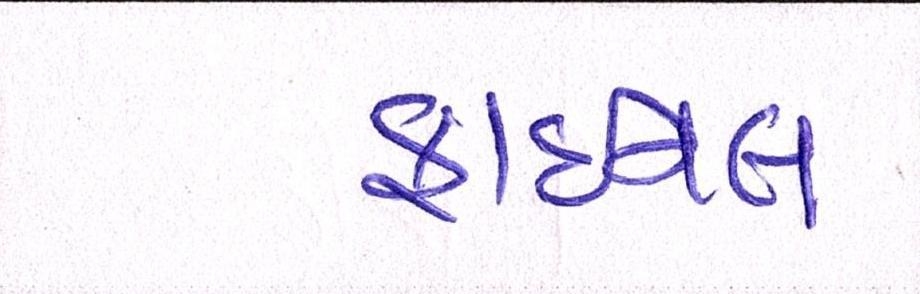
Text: ફાઈનલ